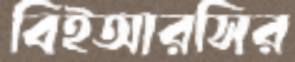
বিইআরসির